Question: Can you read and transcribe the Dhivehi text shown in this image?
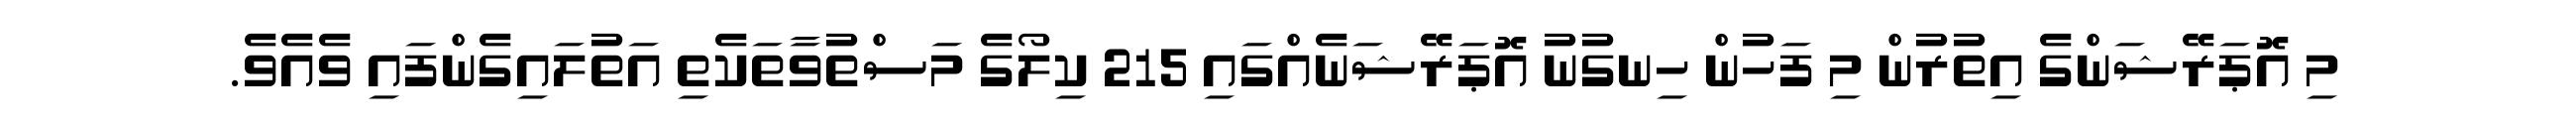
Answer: މި އޮޕަރޭޝަންގެ އިތުރުން މި ފަހުން ހިނގުނު އޮޕަރޭޝަނެއްގައި 215 ކިލޯގެ މަސްތުވާތަކެތި އަތުލައިގެންފައި ވެއެވެ.